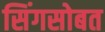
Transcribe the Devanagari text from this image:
सिंगसोबत